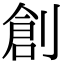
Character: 創